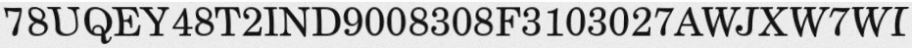
78UQEY48T2IND9008308F3103027AWJXW7WI